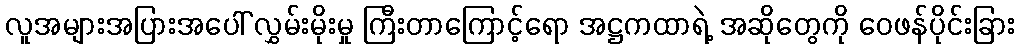
လူအများအပြားအပေါ် လွှမ်းမိုးမှု ကြီးတာကြောင့်ရော အဋ္ဌကထာရဲ့ အဆိုတွေကို ဝေဖန်ပိုင်းခြား